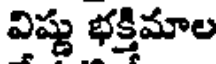
విష్ణు భక్తిమాల